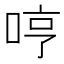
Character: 哼